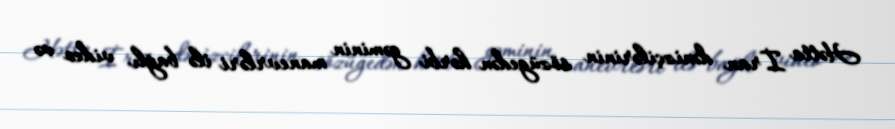
Hətta İran dənizçilərinin sözügedən hərbi gəminin manevrləri ilə bağlı video və